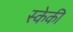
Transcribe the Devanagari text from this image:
स्केकी